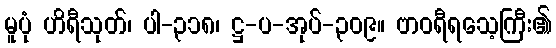
မူပုံ ဟိရီသုတ်၊ ပါ-၃၁၈၊ ဋ္ဌ-ပ-အုပ်-၃၀၉။ ဗာဝရီရသေ့ကြီး၏